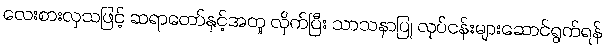
လေးစားလှသဖြင့် ဆရာတော်နှင့်အတူ လိုက်ပြီး သာသနာပြု လုပ်ငန်းများဆောင်ရွက်ရန်